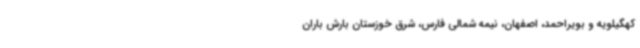
کهگیلویه و بویراحمد، اصفهان، نیمه شمالی فارس، شرق خوزستان بارش باران